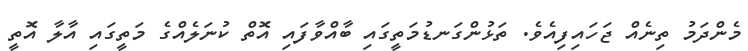
މެންދަމު ތިނެއް ޖަހައިފިއެވެ. ތަޅުންގަނޑުމަތީގައި ބާއްވާފައި އޮތް ކުނަލެއްގެ މަތީގައި އާލާ އޮތީ